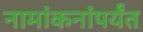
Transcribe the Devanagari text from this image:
नामांकनांपर्यंत